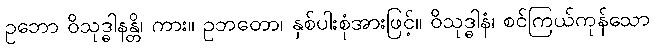
ဥဘော ဝိသုဒ္ဓါနန္တိ၊ ကား။ ဥဘတော၊ နှစ်ပါးစုံအားဖြင့်။ ဝိသုဒ္ဓါနံ၊ စင်ကြယ်ကုန်သော